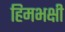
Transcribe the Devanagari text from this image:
हिमभक्षी